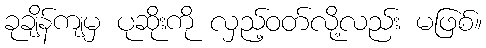
ခုချိန်ကျမှ ပုဆိုးကို လှည့်ဝတ်လို့လည်း မဖြစ်။